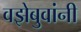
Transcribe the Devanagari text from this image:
वझेबुवांनी